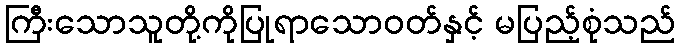
ကြီးသောသူတို့ကိုပြုရာသောဝတ်နှင့် မပြည့်စုံသည်